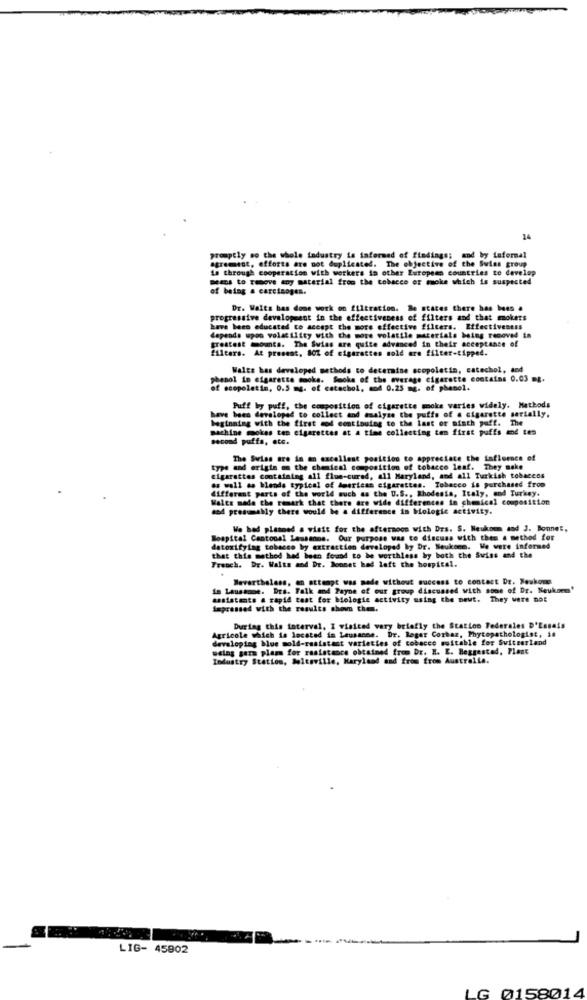
14
promptly so the whole industry is informed of findings; and by taformal
agremist, efforts are not duplicated. The objective of the Swiss group
1a through cooperation with workers in other European countries to develop
means to remove any material from the tobacco or smoke which is suspected
of being a carcinogen.
Dr. Walts has done work on filtration. Re states there has been a
progressive development in the effectiveness of filters and that mokers
have been educated to accept the more effective filters. Effectiveness
depends upon volatility with the more volatile materials being removed in
greatest mounts. The Swiss are quite advanced in their acceptance of
filters. At present, 80% of cigarettes sold are filter-tipped.
Walts has developed methods to determine scopolatin, catechol, and
phenol in cigarette moke. Smoke of the average cigarette contains 0.03 mg.
of scopoletim, 0.5 mg. of catechol, and 0.25 mg. of phenel.
have been developed to collect and analyze the puffs of a cigarette serially,
Puff by puff, the composition of cigarette smoke varies widely. Methods
beginning with the first mod continuing to the last or ninth puff. The
machine mokes tos cigarettes at a time collecting ten first puffs and tes
second puffs, etc.
The Swiss are in an excellent position to appreciate the influence of
type and origin on the chemical composition of tobacco leaf. They make
cigarettes containing all flue-cured, all Maryland, and all Turkish tobaccos
as well as Mende typical of American cigarettes. Tobacco is purchased from
different parts of the world such as the U.S ., Rhodesia, Italy, and Turkey.
Wales made the remark that there are wide differences in chemical composition
and presumably there would be a difference in Mologie activity.
We had planned a visit for the afternoon with Drs. S. Neukom and J. Bonnet,
Boapital Cantonal Lessanne. Our purpose was to discuss with then a method for
detoxifying tobacco by extraction developed by Dr. Neukecm. We were informed
that this method had been found to be worthless by both the Swiss and the
Freoch. Dr. Walts and Dr. Bonnet had left the hospital.
Nevertheless, on attempt was made without success to contact Dr. Neukon
in Lausanne. Drs. Falk and Payne of our group discussed with some of Dr. Neukorm'
assistente a rapid test for Mologie activity using the neut. They were not
impressed with the results shovs then.
Agricole which is located in Lausanne. Dr. Roger Corbaz, Phytopathologist, is
During this interval, I visited very briefly the Station Federales D'Essais
developing blue mold-resistant varieties of tobacco suitable for Switzerland
weing gers plam for resistance obtained from Dr. H. E. Beggestad, Plant
Industry Station, holtsville, Maryland and from from Australia.
LIG- 45902
LG 0158014